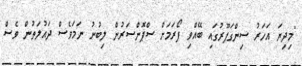
"މިދިޔަ އަހަރު ސިންގަޕޫރުގައި ބޭއްވި ފޯރަމަށް ސްޕޮންސަރުން ލިބުނު ނަމަވެސް ދައުލަތުން ވެސް